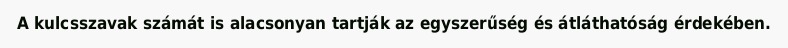
A kulcsszavak számát is alacsonyan tartják az egyszerűség és átláthatóság érdekében.